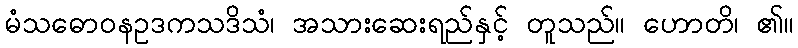
မံသဓောဝနဥဒကသဒိသံ၊ အသားဆေးရည်နှင့် တူသည်။ ဟောတိ၊ ၏။